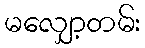
မလျှော့တမ်း